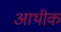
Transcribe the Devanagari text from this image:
आथीक